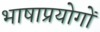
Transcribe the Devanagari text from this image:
भाषाप्रयोगों